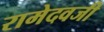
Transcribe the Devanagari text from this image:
रामेदवजी